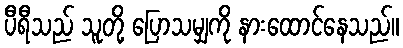
ပီရီသည် သူတို့ ပြောသမျှကို နားထောင်နေသည်။